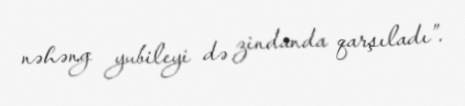
nəhəng yubileyi də zindanda qarşıladı”.